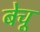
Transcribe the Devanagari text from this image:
बेचू